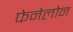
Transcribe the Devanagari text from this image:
फेनेलोन